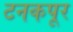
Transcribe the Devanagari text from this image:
टनकपूर